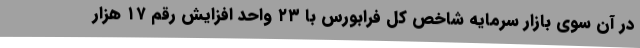
در آن سوی بازار سرمایه شاخص کل فرابورس با ۲۳ واحد افزایش رقم ۱۷ هزار